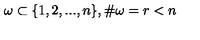
\omega \subset \{ 1 , 2 , . . . , n \} , \# \omega = r < n